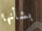
بشأنها